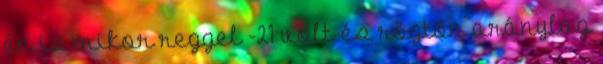
én is mikor reggel -21 volt és rögtön aránylag